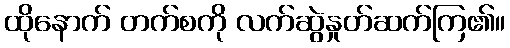
ထိုနောက် တက်စကို လက်ဆွဲနှုတ်ဆက်ကြ၏။